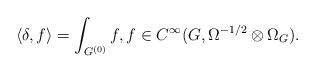
LaTeX: \begin{align*} \langle \delta ,f \rangle = \int_{G^{(0)}}f, f\in C^\infty(G,\Omega^{-1/2}\otimes\Omega_G). \end{align*}